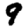
Digit: 9